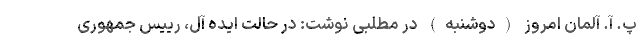
پ. آ. آلمان امروز (دوشنبه) در مطلبی نوشت: در حالت ایده آل، رییس جمهوری